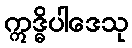
ဣဒ္ဓိပါဒေသု